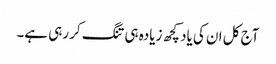
آج کل ان کی یاد کچھ زیادہ ہی تنگ کر رہی ہے۔